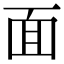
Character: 面